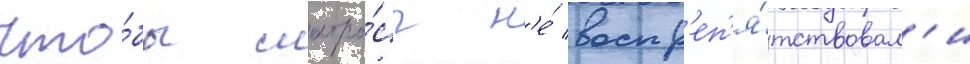
Что́бы матро́сы н'е́ воспр'еп'я́тствовал'и